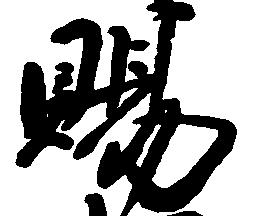
賜